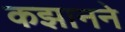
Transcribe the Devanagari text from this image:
कझानने